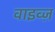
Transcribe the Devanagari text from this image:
वाइव्ज़